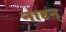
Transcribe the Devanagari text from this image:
नाहन्